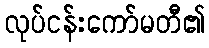
လုပ်ငန်းကော်မတီ၏